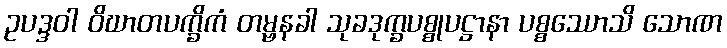
ဥပဒ္ဒဝါ ဝိဃာတပက္ခိကံ တမ္ဗနခါ သုခဒုက္ခပစ္စုပဋ္ဌာနာ ပစ္စဿောသိ သောဏ